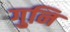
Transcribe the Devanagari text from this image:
गुनि